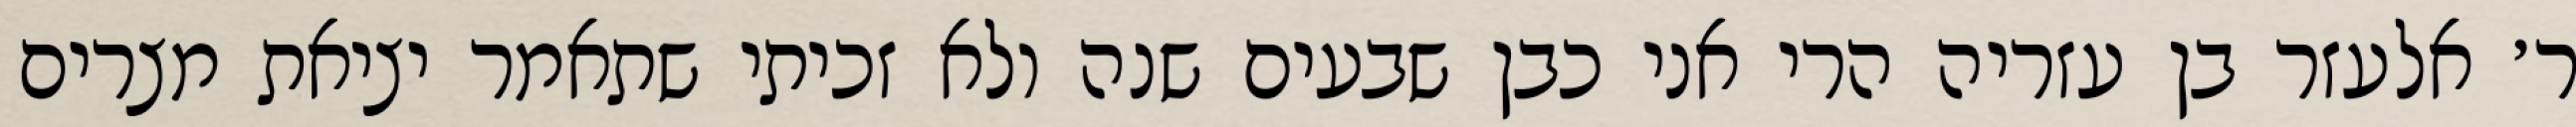
ר׳ אלעזר בן עזריה הרי אני כבן שבעים שנה ולא זכיתי שתאמר יציאת מצרים